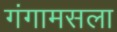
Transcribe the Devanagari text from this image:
गंगामसला